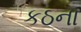
કઠના